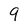
Character: 9